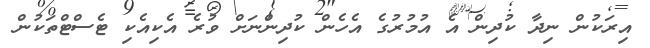
އިރަކުން ނިދާ ކުދިން އެ އުމުރުގެ އެހެން ކުދިންނަށް ވުރެ އެކިއެކި ޓެސްޓްތަކުން